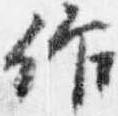
作